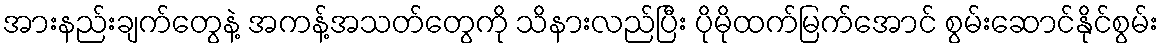
အားနည်းချက်တွေနဲ့ အကန့်အသတ်တွေကို သိနားလည်ပြီး ပိုမိုထက်မြက်အောင် စွမ်းဆောင်နိုင်စွမ်း